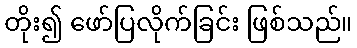
တိုး၍ ဖော်ပြလိုက်ခြင်း ဖြစ်သည်။